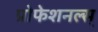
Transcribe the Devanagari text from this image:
प्रोफेशनल्स्